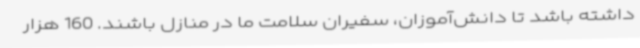
داشته باشد تا دانش‌آموزان، سفیران سلامت ما در منازل باشند. 160 هزار